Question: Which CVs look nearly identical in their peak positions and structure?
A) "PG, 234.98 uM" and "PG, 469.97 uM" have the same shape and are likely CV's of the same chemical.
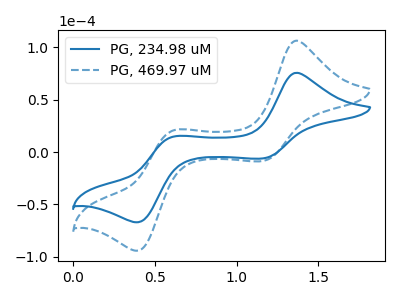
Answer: <think>The blue curve "PG, 234.98 uM" has anodic peaks at (1.35V, 75.65uA) (0.60V, 14.80uA) and cathodic peaks at (1.15V, -6.05uA) (0.40V, -67.05uA). The blue dashed curve "PG, 469.97 uM" has anodic peaks at (1.35V, 106.35uA) (0.60V, 20.80uA) and cathodic peaks at (1.15V, -8.45uA) (0.40V, -94.20uA).
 All the peaks in "PG, 234.98 uM" have a peak in "PG, 469.97 uM" at the same potential. Every peak in "PG, 234.98 uM" is lower than every peak in "PG, 469.97 uM".</think>
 <answer>A) "PG, 234.98 uM" and "PG, 469.97 uM" have the same shape and are likely CV's of the same chemical.</answer>
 <eval>A</eval>